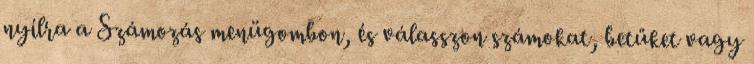
nyílra a Számozás menügombon, és válasszon számokat, betűket vagy